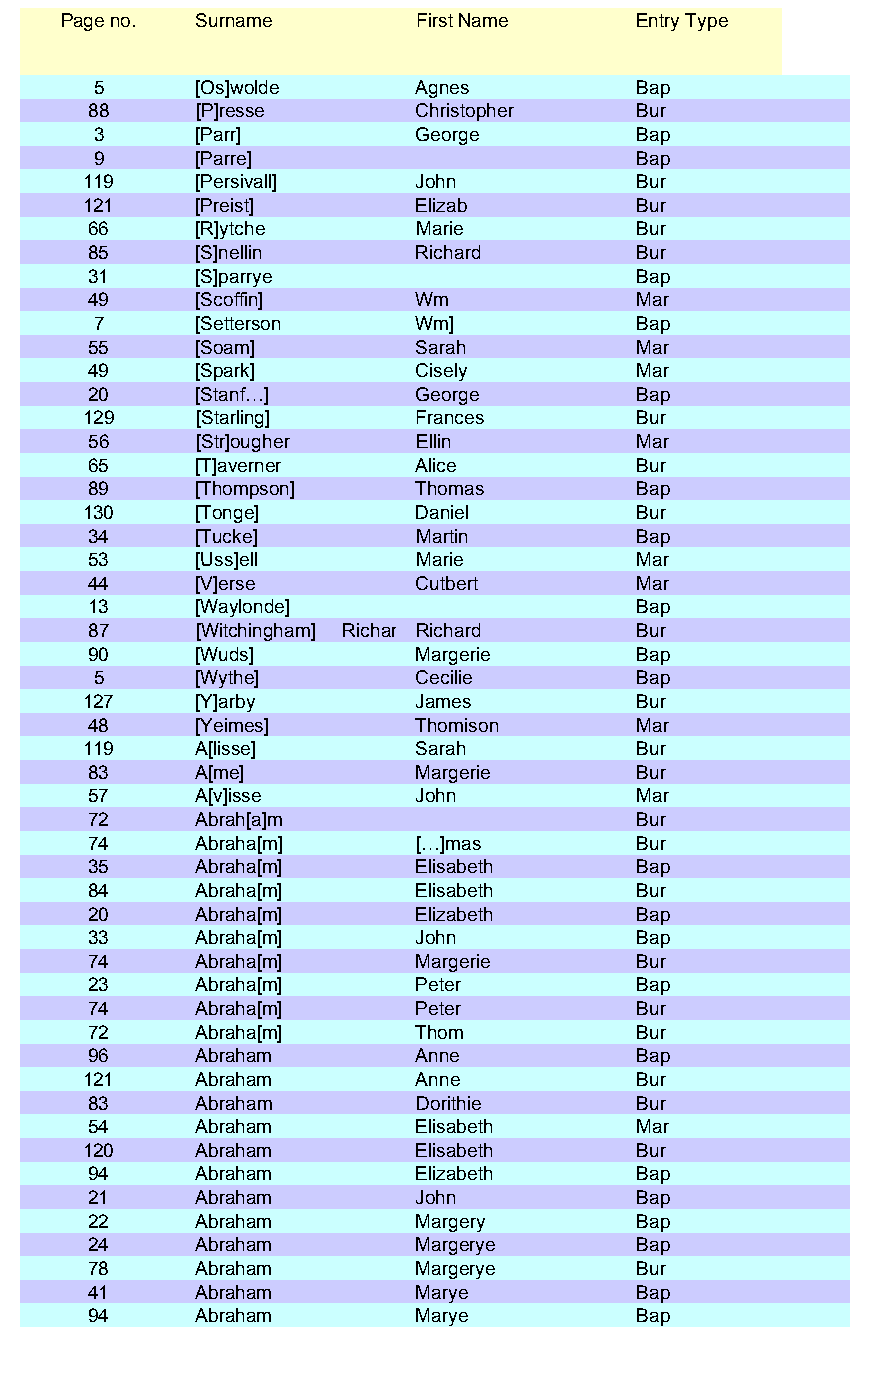
Page no. Surname        First Name    Entry Type
 5     [Os]wolde      Agnes         Bap
 88     [P]resse       Christopher   Bur
 3     [Parr]         George        Bap
 9     [Parre]                      Bap
 119    [Persivall]    John          Bur
 121    [Preist]       Elizab        Bur
 66     [R]ytche       Marie         Bur
 85     [S]nellin      Richard       Bur
 31     [S]parrye                    Bap
 49     [Scoffin]      Wm            Mar
 7     [Setterson     Wm]           Bap
 55     [Soam]         Sarah         Mar
 49     [Spark]        Cisely        Mar
 20     [Stanf…]       George        Bap
 129    [Starling]     Frances       Bur
 56     [Str]ougher    Ellin         Mar
 65     [T]averner     Alice         Bur
 89     [Thompson]     Thomas        Bap
 130    [Tonge]        Daniel        Bur
 34     [Tucke]        Martin        Bap
 53     [Uss]ell       Marie         Mar
 44     [V]erse        Cutbert       Mar
 13     [Waylonde]                   Bap
 87     [Witchingham] Richar Richard Bur
 90     [Wuds]         Margerie      Bap
 5     [Wythe]        Cecilie       Bap
 127    [Y]arby        James         Bur
 48     [Yeimes]       Thomison      Mar
 119    A[lisse]       Sarah         Bur
 83     A[me]          Margerie      Bur
 57     A[v]isse       John          Mar
 72     Abrah[a]m                    Bur
 74     Abraha[m]      […]mas        Bur
 35     Abraha[m]      Elisabeth     Bap
 84     Abraha[m]      Elisabeth     Bur
 20     Abraha[m]      Elizabeth     Bap
 33     Abraha[m]      John          Bap
 74     Abraha[m]      Margerie      Bur
 23     Abraha[m]      Peter         Bap
 74     Abraha[m]      Peter         Bur
 72     Abraha[m]      Thom          Bur
 96     Abraham        Anne          Bap
 121    Abraham        Anne          Bur
 83     Abraham        Dorithie      Bur
 54     Abraham        Elisabeth     Mar
 120    Abraham        Elisabeth     Bur
 94     Abraham        Elizabeth     Bap
 21     Abraham        John          Bap
 22     Abraham        Margery       Bap
 24     Abraham        Margerye      Bap
 78     Abraham        Margerye      Bur
 41     Abraham        Marye         Bap
 94     Abraham        Marye         Bap